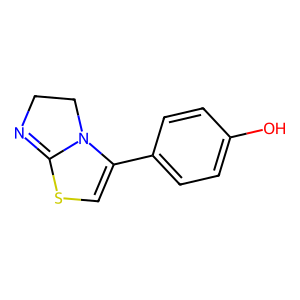
SMILES: Oc1ccc(C2=CSC3=NCCN23)cc1
Inhibits HIV replication: No